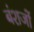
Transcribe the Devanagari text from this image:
बंशजों